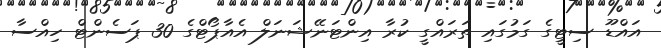
އައްޑޫ ސިޓީގެ ގަމުގައި ތަރައްގީ ކުރާ އިންޓަނޭޝަނަލް އެއާޕޯޓްގެ 30 ޕަސެންޓް ހިއްސާ